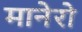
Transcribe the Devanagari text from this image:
मानेरो